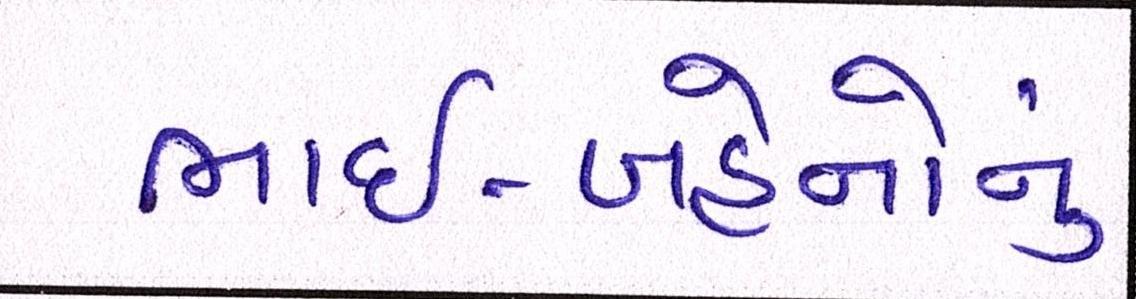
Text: ભાઈ-બહેનોનું